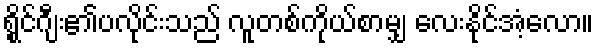
ရွိုင်ဂျီး၏ပလိုင်းသည် လူတစ်ကိုယ်စာမျှ လေးနိုင်အံ့လော။